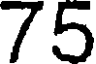
75